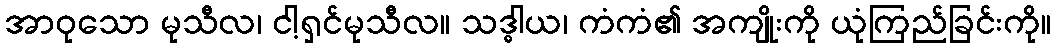
အာဝုသော မုသီလ၊ ငါ့ရှင်မုသီလ။ သဒ္ဓါယ၊ ကံကံ၏ အကျိုးကို ယုံကြည်ခြင်းကို။